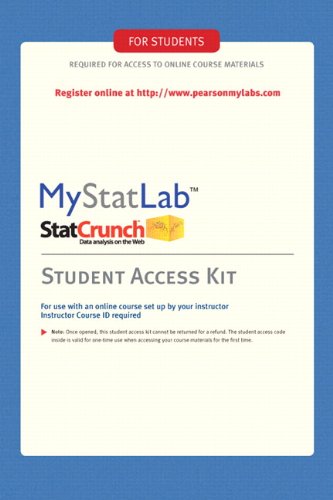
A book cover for MyStatLab -- Standalone Access Card; Pearson Education; Science & Math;